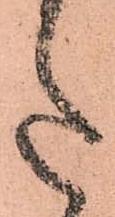
意